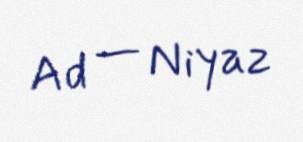
Ad — Niyaz